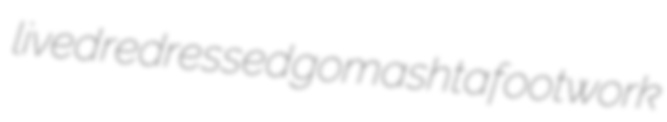
lived redressed gomashta footwork